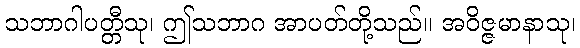
သဘာဂါပတ္တီသု၊ ဤသဘာဂ အာပတ်တို့သည်။ အဝိဇ္ဇမာနာသု၊